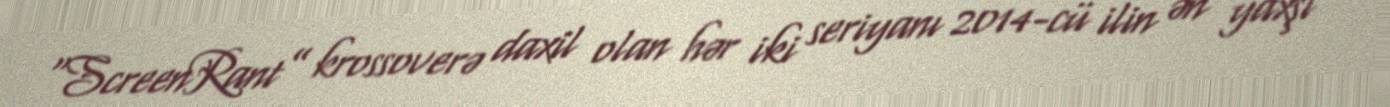
“ScreenRant” krossoverə daxil olan hər iki seriyanı 2014-cü ilin ən yaxşı